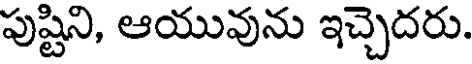
పుష్టిని, ఆయువును ఇచ్చెదరు.